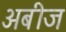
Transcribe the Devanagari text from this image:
अबीज